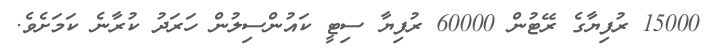
15000 ރުފިޔާގެ ރޭޓުން 60000 ރުފިޔާ ސިޓީ ކައުންސިލުން ހަރަދު ކުރާނެ ކަމަށެވެ.